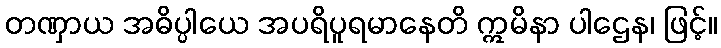
တဏှာယ အဓိပ္ပါယေ အပရိပူရမာနေတိ ဣမိနာ ပါဌေန၊ ဖြင့်။